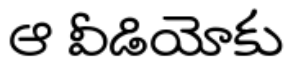
ఆ వీడియోకు